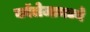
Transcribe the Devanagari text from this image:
कॉलेजामध्ये